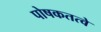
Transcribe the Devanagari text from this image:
पोषकतत्वे